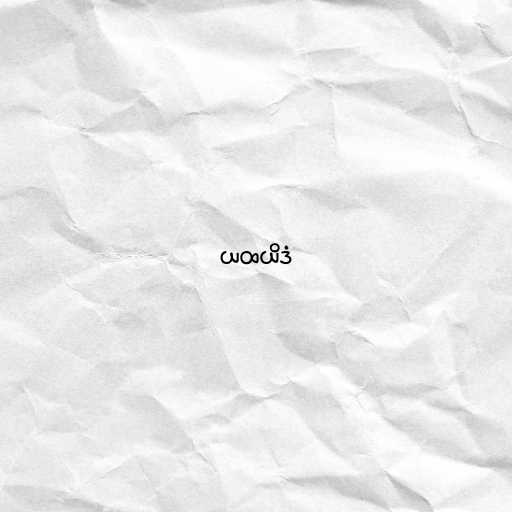
ယထယိဒံ